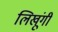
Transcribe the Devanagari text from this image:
लिखूंगी